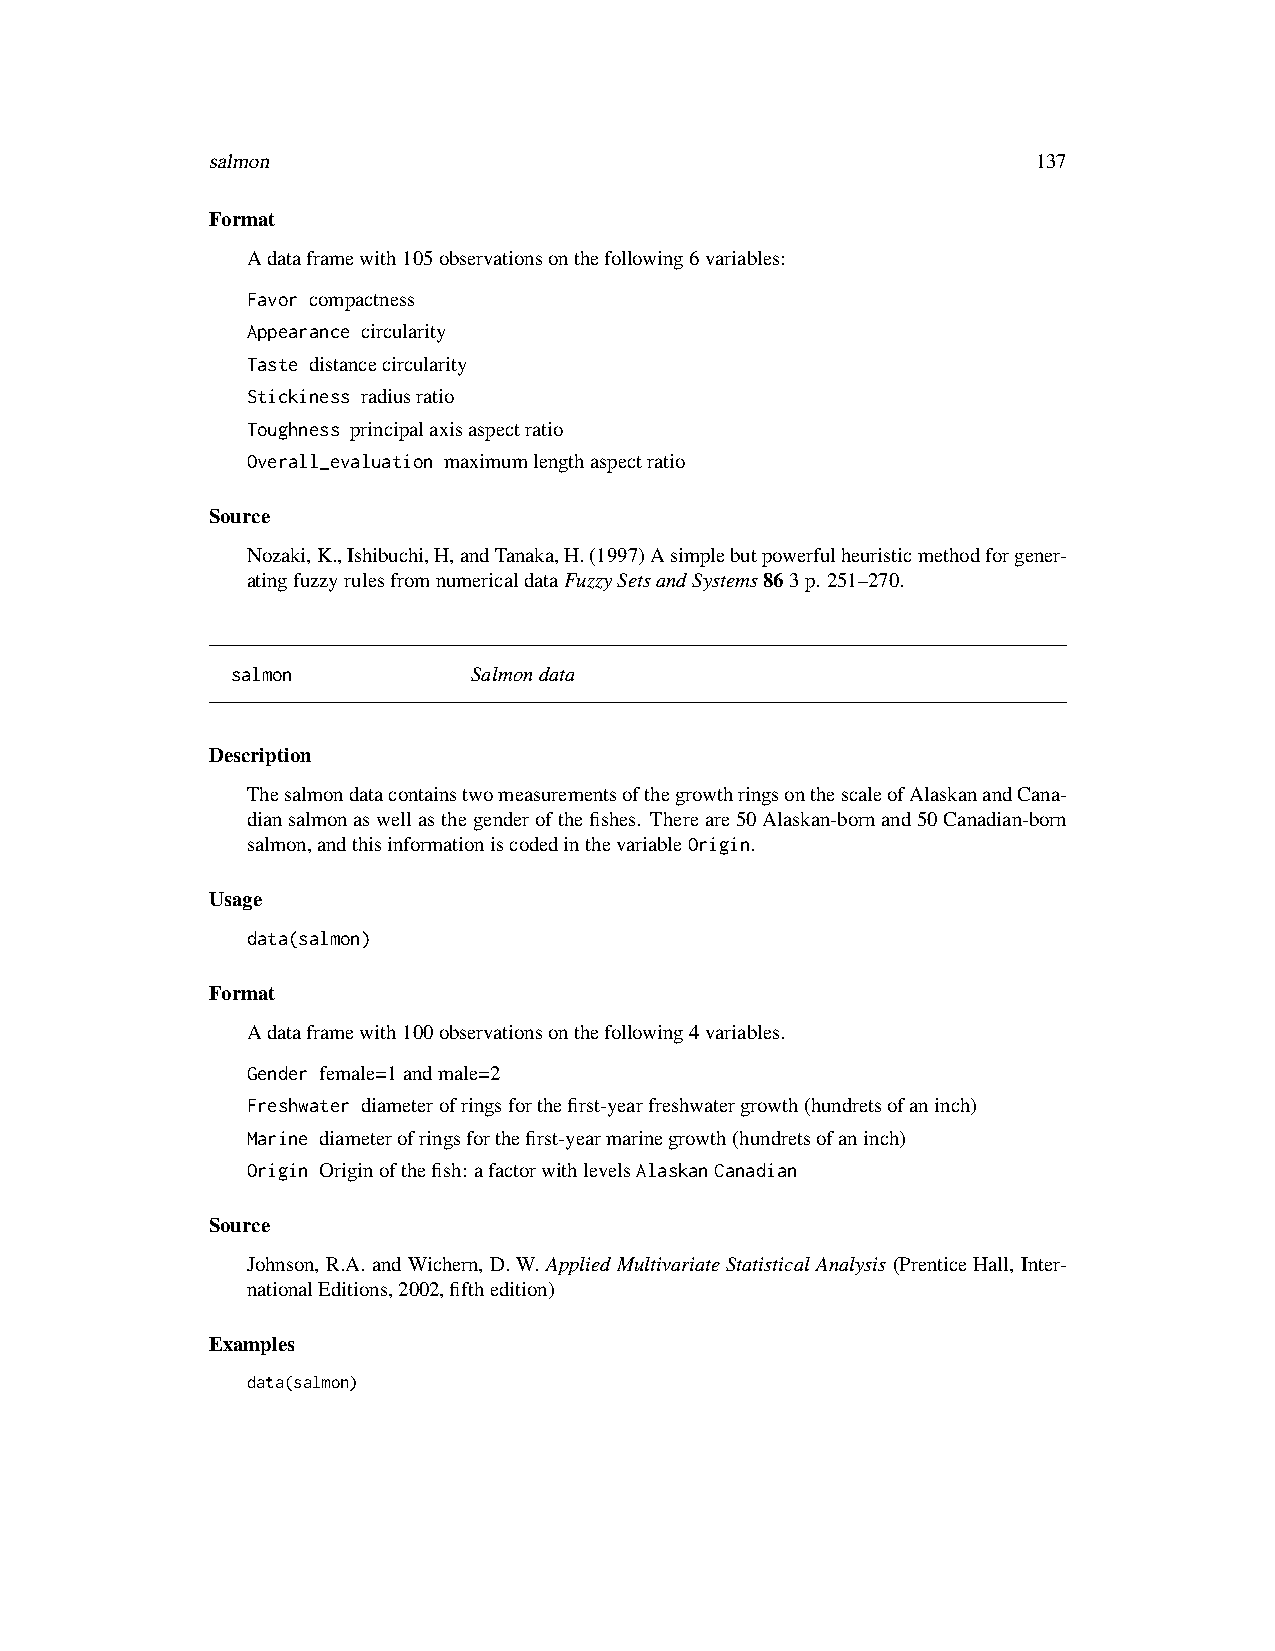
salmon                                                 137
 Format
 Adataframewith105observationsonthefollowing6variables:
 Favor compactness
 Appearance circularity
 Taste distancecircularity
 Stickiness radiusratio
 Toughness principalaxisaspectratio
 Overall_evaluation maximumlengthaspectratio
 Source
 Nozaki,K.,Ishibuchi,H,andTanaka,H.(1997)Asimplebutpowerfulheuristicmethodforgener-
 atingfuzzyrulesfromnumericaldataFuzzySetsandSystems863p. 251–270.
 salmon          Salmondata
 Description
 ThesalmondatacontainstwomeasurementsofthegrowthringsonthescaleofAlaskanandCana-
 diansalmonaswellasthegenderofthefishes. Thereare50Alaskan-bornand50Canadian-born
 salmon,andthisinformationiscodedinthevariableOrigin.
 Usage
 data(salmon)
 Format
 Adataframewith100observationsonthefollowing4variables.
 Gender female=1andmale=2
 Freshwater diameterofringsforthefirst-yearfreshwatergrowth(hundretsofaninch)
 Marine diameterofringsforthefirst-yearmarinegrowth(hundretsofaninch)
 Origin Originofthefish: afactorwithlevelsAlaskanCanadian
 Source
 Johnson, R.A.andWichern, D.W.AppliedMultivariateStatisticalAnalysis(PrenticeHall, Inter-
 nationalEditions,2002,fifthedition)
 Examples
 data(salmon)